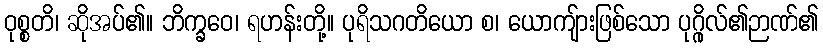
ဝုစ္စတိ၊ ဆိုအပ်၏။ ဘိက္ခဝေ၊ ရဟန်းတို့။ ပုရိသဂတိယော စ၊ ယောကျ်ားဖြစ်သော ပုဂ္ဂိုလ်၏ဉာဏ်၏